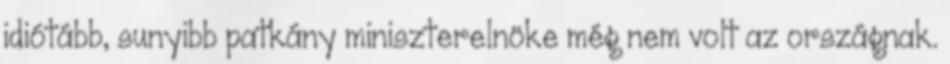
idiótább, sunyibb patkány miniszterelnöke még nem volt az országnak.